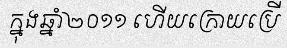
ក្នុងឆ្នាំ២០១១ ហើយក្រោយប្រើ